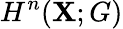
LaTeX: H^{n}(\mathbf{X};G)